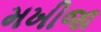
મખીજા